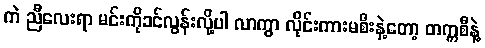
ကဲ ညီလေးရာ မင်းကိုခင်လွန်းလို့ပါ လာကွာ လိုင်းကားမစီးနဲ့တော့ တက္ကစီနဲ့